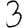
Digit: 3